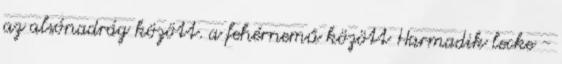
az alsónadrág között. a fehérnemű között Harmadik lecke -